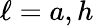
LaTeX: \ell=a,h